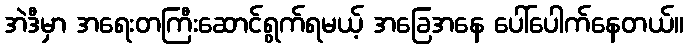
အဲဒီမှာ အရေးတကြီးဆောင်ရွက်ရမယ့် အခြေအနေ ပေါ်ပေါက်နေတယ်။